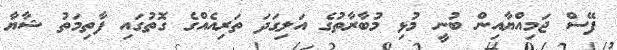
ފޭސް ޖަމިއްޔާއިން ބުނީ މުޅި މުބާރާތުގެ އަލިގަދަ ތަރިއެއްގެ ގޮތުގައި ފާތިމަތު ޝާޔާ